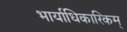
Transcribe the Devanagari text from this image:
भार्याधिकारिकम्